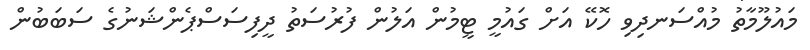
މައުލޫމާތު މުއްސަނދިވި ހޮކޭ އަށް ގައުމީ ޓީމުން އަލުން ފުރުސަތު ދީފިސަސްޕެންޝަނުގެ ސަބަބުން